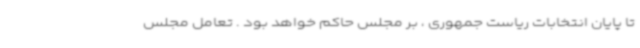
تا پایان انتخابات ریاست جمهوری ، بر مجلس حاکم خواهد بود . تعامل مجلس